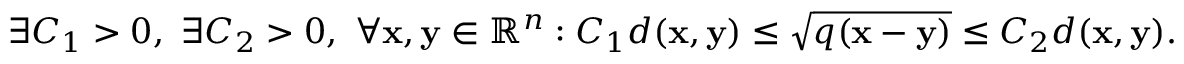
\exists C _ { 1 } > 0 , \ \exists C _ { 2 } > 0 , \ \forall \mathbf { x } , \mathbf { y } \in \mathbb { R } ^ { n } : C _ { 1 } d ( \mathbf { x } , \mathbf { y } ) \leq { \sqrt { q ( \mathbf { x } - \mathbf { y } ) } } \leq C _ { 2 } d ( \mathbf { x } , \mathbf { y } ) .